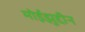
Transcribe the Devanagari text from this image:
मोईझुद्दीन